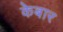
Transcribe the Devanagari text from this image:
केबार